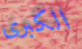
الكبرى